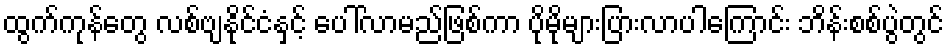
ထွက်ကုန်တွေ လစ်ဗျနိုင်ငံနှင့် ပေါ်လာမည်ဖြစ်ကာ ပိုမိုများပြားလာပါကြောင်း ဘိန်းစစ်ပွဲတွင်